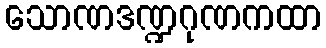
သောဏဒဏ္ဍဂုဏကထာ